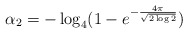
\begin{align*}\alpha_2 = -\log_4 (1-e^{-\frac{4\pi}{\sqrt{2\log 2}}})\end{align*}